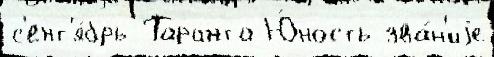
с'ент'я́брь Таранта Ю́ность зва́н'иjе